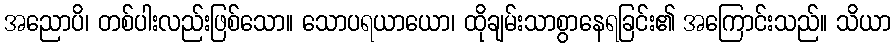
အညောပိ၊ တစ်ပါးလည်းဖြစ်သော။ သောပရယာယော၊ ထိုချမ်းသာစွာနေရခြင်း၏ အကြောင်းသည်။ သိယာ